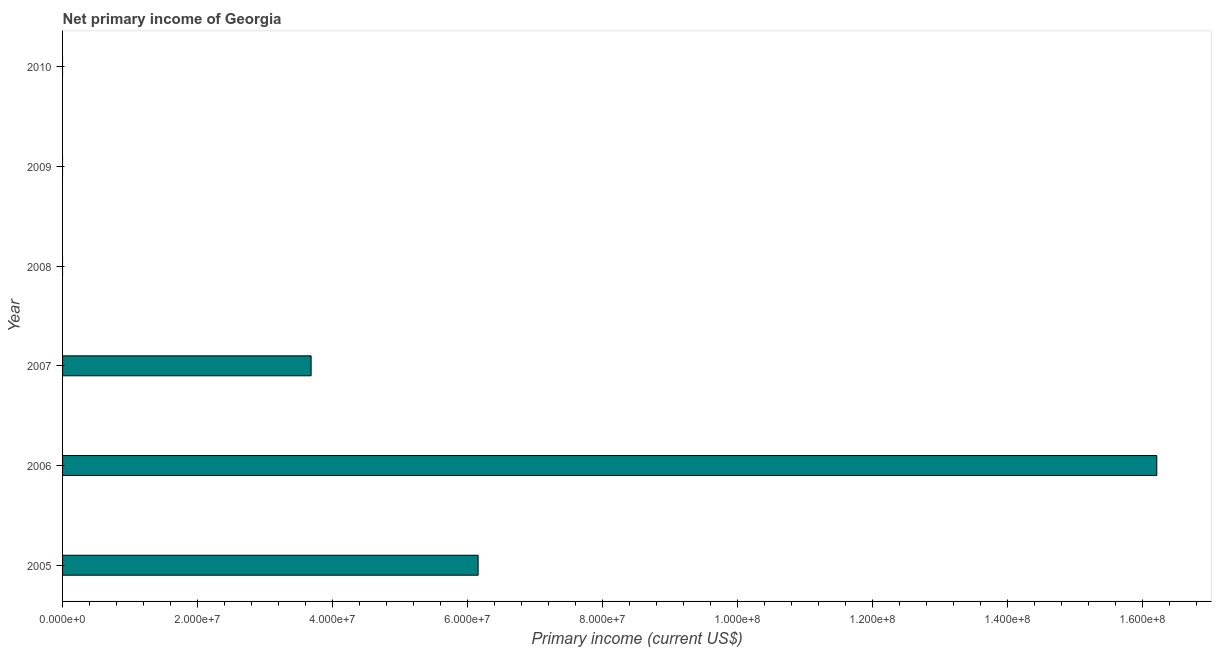
| Year | Net primary income |
 | --- | --- |
 | 2005 | 6.16e+07 |
 | 2006 | 1.62e+08 |
 | 2007 | 3.68e+07 |
 | 2008 | -5.85e+07 |
 | 2009 | -4.17e+07 |
 | 2010 | -2.15e+08 |